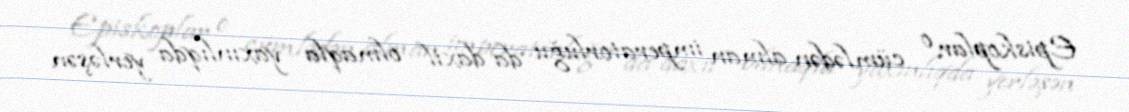
Episkoplar o cümlədən alman imperatorluğu da daxil olmaqla yaxınlıqda yerləşən